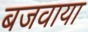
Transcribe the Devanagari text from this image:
बजवाया